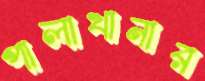
পালাখানার